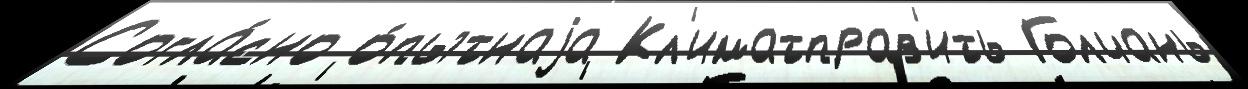
Согла́сно о́пытнаjа Кл'иматправ'ить Голчань